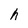
Character: h